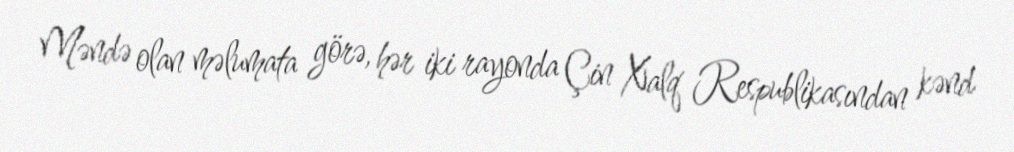
Məndə olan məlumata görə, hər iki rayonda Çin Xalq Respublikasından kənd